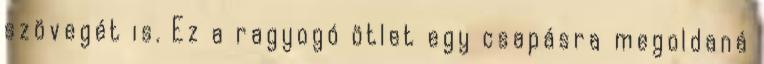
szövegét is. Ez a ragyogó ötlet egy csapásra megoldaná